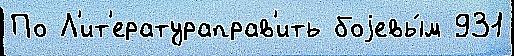
По Л'ит'ератураправ'ить боjевы́м 931